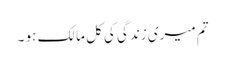
تم میری زندگی کی کل مالک ہو ۔